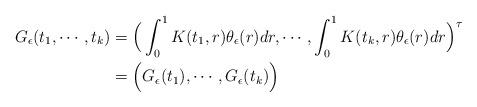
LaTeX: \begin{align*}\begin{aligned}G_{\epsilon}(t_1,\cdots, t_k)&=\Big(\int^{1}_{0}K(t_1,r)\theta_{\epsilon}(r)dr,\cdots, \int^{1}_{0}K(t_k,r)\theta_{\epsilon}(r)dr\Big)^{\tau}\\&=\Big(G_{\epsilon}(t_1),\cdots,G_{\epsilon}(t_k)\Big)\end{aligned}\end{align*}